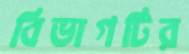
বিভাগটির